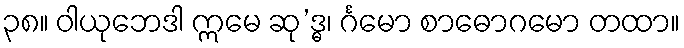
၃၈။ ဝါယုဘေဒါ ဣမေ ဆု’ဒ္ဓ၊ င်္ဂမော စာဓောဂမော တထာ။